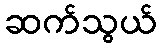
ဆက်သွယ်